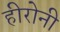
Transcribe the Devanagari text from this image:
हीरोनी